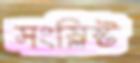
সংস্লিষ্ট